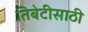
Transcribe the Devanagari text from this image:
तिबेटीसाठी